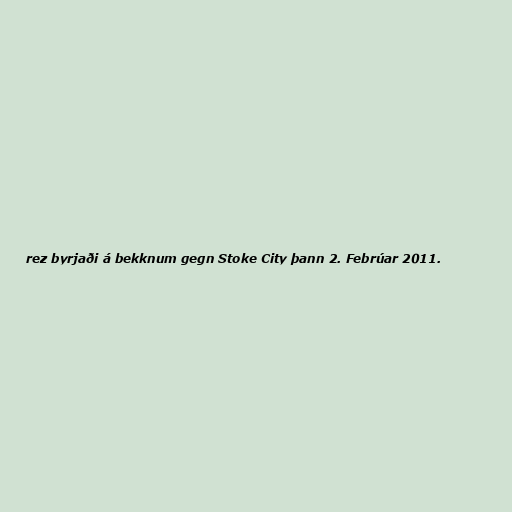
rez byrjaði á bekknum gegn Stoke City þann 2. Febrúar 2011.